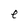
Character: e